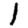
Digit: 1